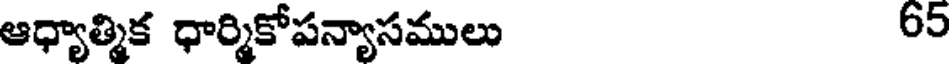
ఆధ్యాత్మిక ధార్మికోపన్యాసములు 65